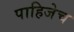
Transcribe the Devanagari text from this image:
पाहिजेच